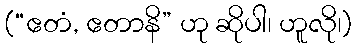
(“ဧတံ, ဧတာနိ” ဟု ဆိုပါ၊ ဟူလို၊)